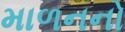
માળનનો